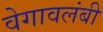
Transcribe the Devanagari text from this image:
वेगावलंबी